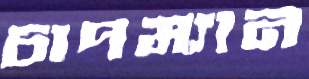
চাপম্যান